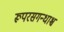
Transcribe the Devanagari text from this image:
रूपरसगन्धाश्च